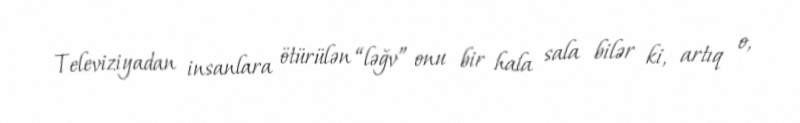
Televiziyadan insanlara ötürülən “ləğv” onu bir hala sala bilər ki, artıq o,